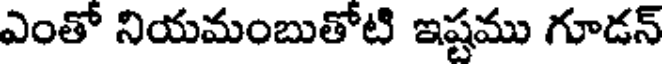
ఎంతో నియమంబుతోటి ఇష్టము గూడన్